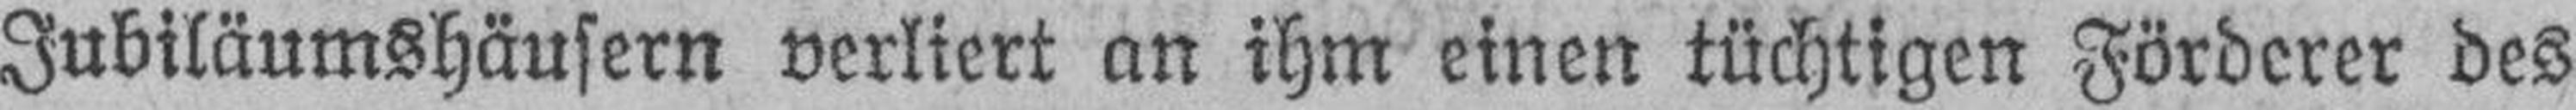
Jubiläumshäusern verliert an ihm einen tüchtigen Förderer des